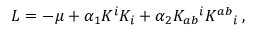
L = - \mu + \alpha _ { 1 } K ^ { i } K _ { i } + \alpha _ { 2 } K _ { a b } { } ^ { i } K ^ { a b } { } _ { i } \, ,